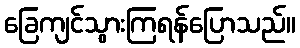
ခြေကျင်သွားကြရန်ပြောသည်။